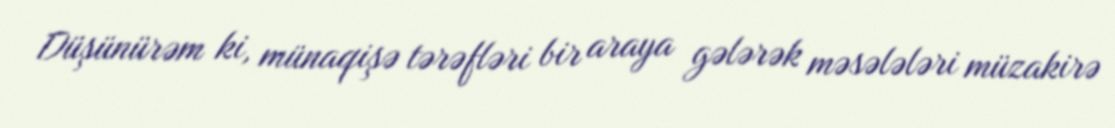
Düşünürəm ki, münaqişə tərəfləri bir araya gələrək məsələləri müzakirə